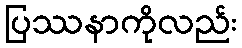
ပြဿနာကိုလည်း